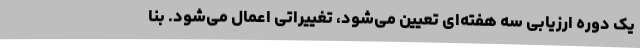
یک دوره ارزیابی سه هفته‌ای تعیین می‌شود، تغییراتی اعمال می‌شود. بنا